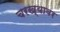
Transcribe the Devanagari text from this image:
चरख्यावर